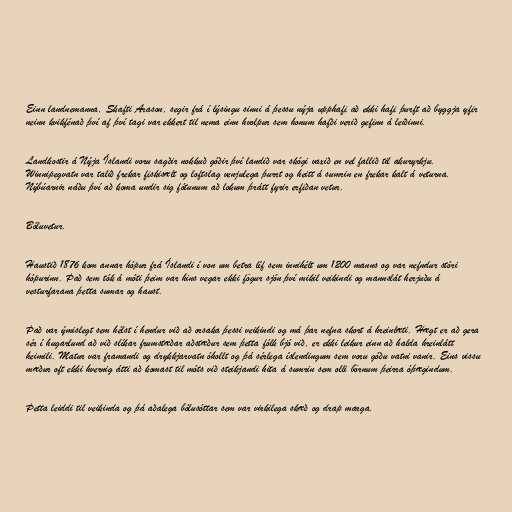
Einn landnemanna, Skafti Arason, segir frá í lýsingu sinni á þessu nýja upphafi að ekki hafi þurft að byggja yfir
neinn kvikfénað því af því tagi var ekkert til nema einn hvolpur sem honum hafði verið gefinn á leiðinni.

Landkostir á Nýja Íslandi voru sagðir nokkuð góðir því landið var skógi vaxið en vel fallið til akuryrkju.
Winnipegvatn var talið frekar fiskisælt og loftslag venjulega þurrt og heitt á sumrin en frekar kalt á veturna.
Nýbúarnir náðu því að koma undir sig fótunum að lokum þrátt fyrir erfiðan vetur.

Bóluvetur.

Haustið 1876 kom annar hópur frá Íslandi í von um betra líf sem innihélt um 1200 manns og var nefndur stóri
hópurinn. Það sem tók á móti þeim var hins vegar ekki fögur sjón því mikil veikindi og mannslát herjuðu á
vesturfarana þetta sumar og haust.

Það var ýmislegt sem hélst í hendur við að orsaka þessi veikindi og má þar nefna skort á hreinlæti. Hægt er að gera
sér í hugarlund að við slíkar frumstæðar aðstæður sem þetta fólk bjó við, er ekki leikur einn að halda hreinlátt
heimili. Matur var framandi og drykkjarvatn óhollt og þá sérlega íslendingum sem voru góðu vatni vanir. Eins vissu
mæður oft ekki hvernig átti að komast til móts við steikjandi hita á sumrin sem olli börnum þeirra óþægindum.

Þetta leiddi til veikinda og þá aðalega bólusóttar sem var virkilega skæð og drap marga.